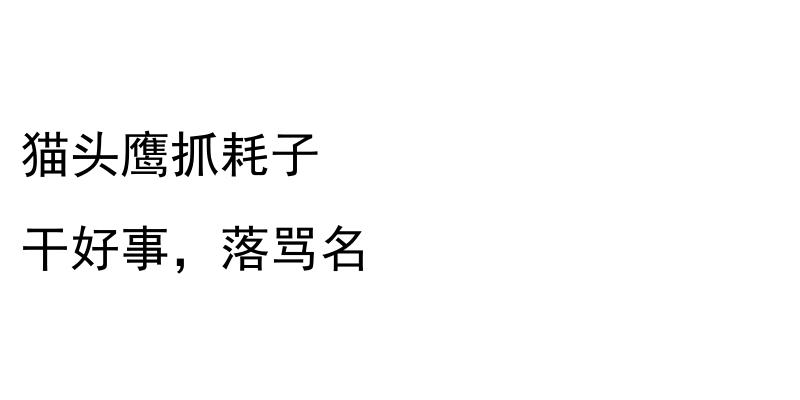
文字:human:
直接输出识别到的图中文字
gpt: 猫头鹰抓耗子 干好事，落骂名